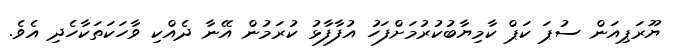
ޔޫރަޕިއަން ސުޕަ ކަޕް ކާމިޔާބުކުރުމަށްފަހު އުފާފާޅު ކުރަމުން އޭނާ ދެއްކި ވާހަކަތަކާހެދި އެވެ.